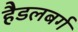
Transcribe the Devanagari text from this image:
हैडलबर्ग